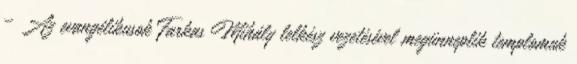
– Az evangélikusok Farkas Mihály lelkész vezetésével megünneplik templomuk